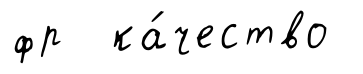
фр ка́чество